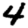
Digit: 4